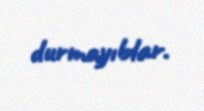
durmayıblar.